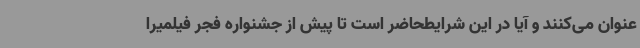
عنوان می‌کنند و آیا در این شرایطحاضر است تا پیش از جشنواره فجر فیلمیرا